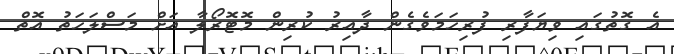
އެ ގޮތުގައި ވިޔަފާރި ފުރިހަމަވެގެން ދާއިރު ކުރިން މޮޓޮރޯލާ އަށް މަސްލަހަތު އޮތް